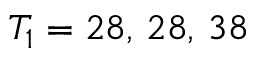
T _ { 1 } = 2 8 , \, 2 8 , \, 3 8